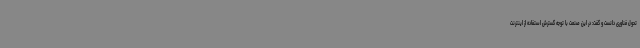
تحول فناوری دانست و گفت: در این صنعت با توجه گسترش استفاده از اینترنت